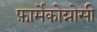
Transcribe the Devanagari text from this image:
फ़ार्मेकोग्नोसी